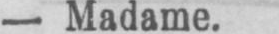
- Madame.